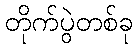
တိုက်ပွဲတစ်ခု